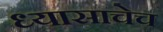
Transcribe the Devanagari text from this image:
ध्यासाचेच